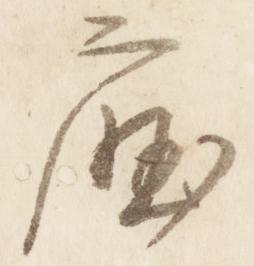
庁